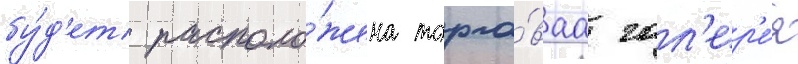
бу́д'ет располо́жена торго́ваа гал'ер'е́я